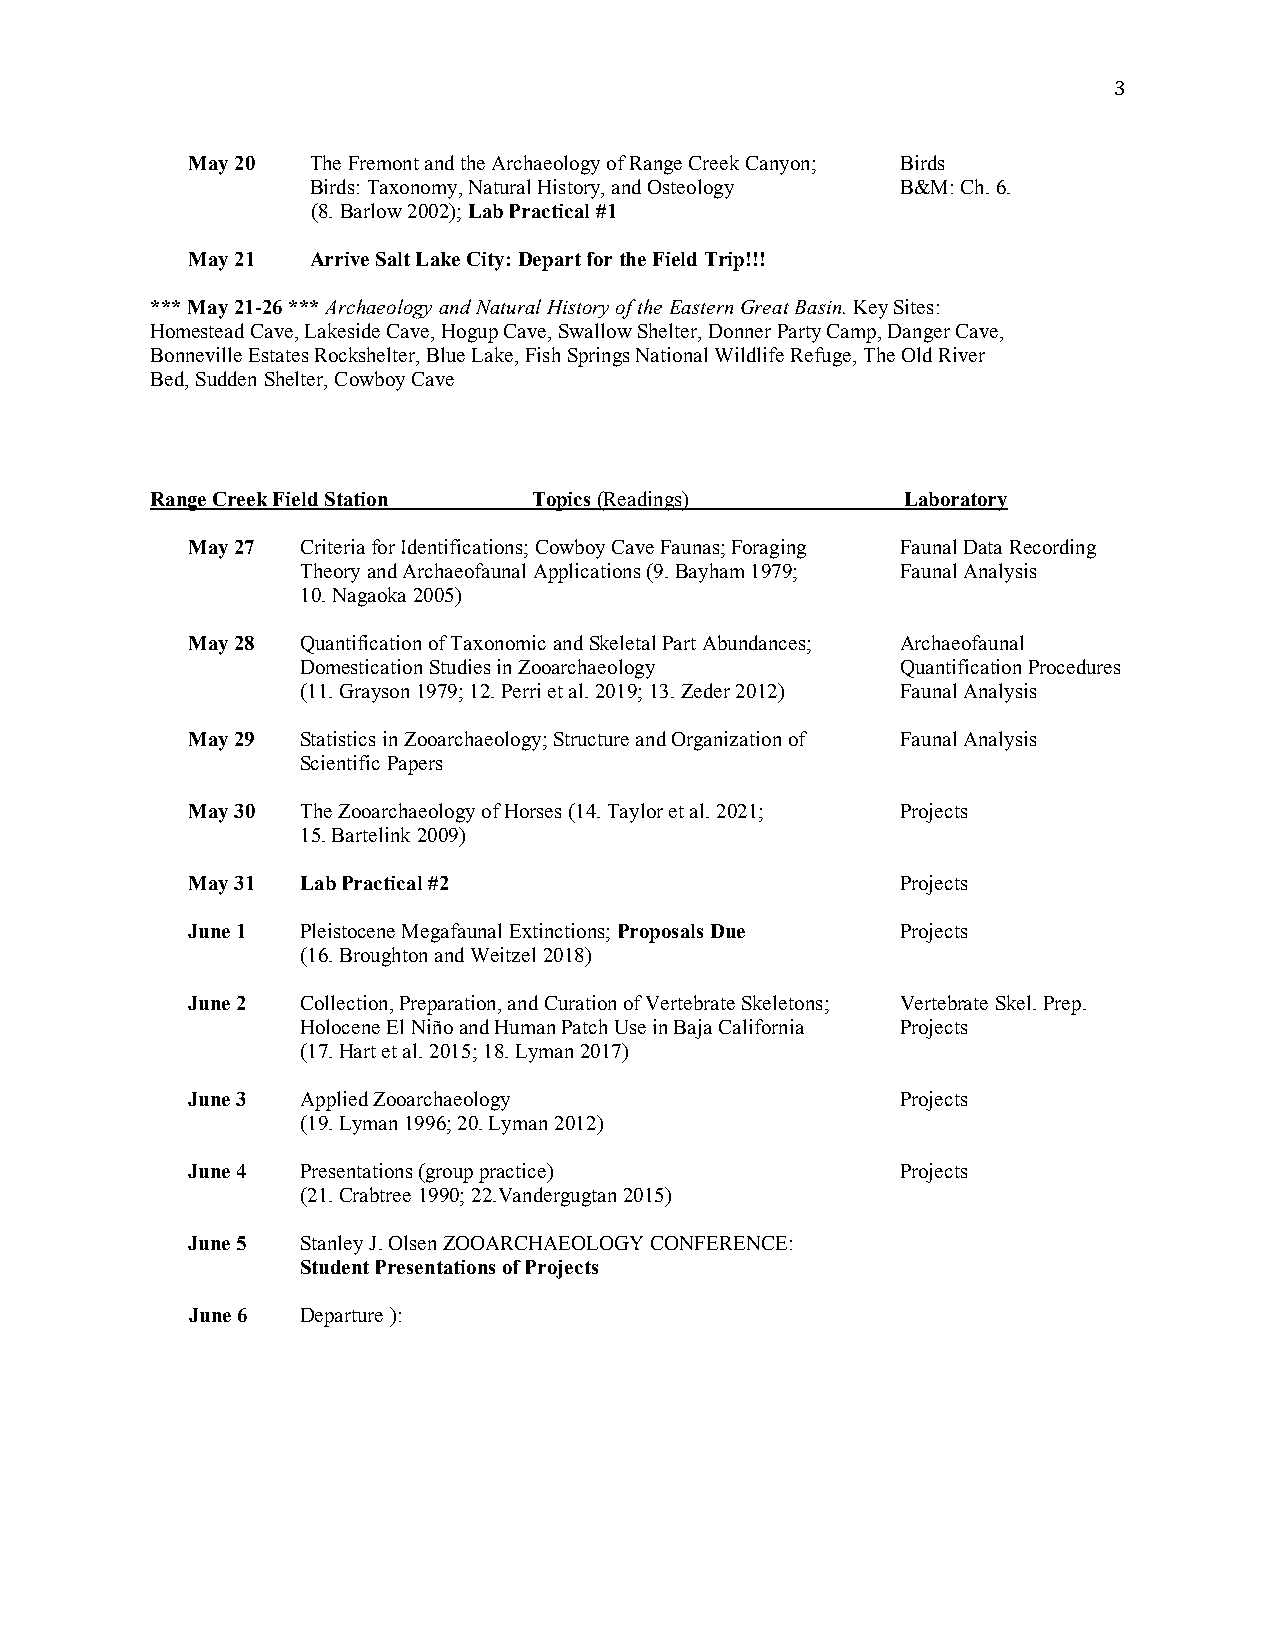
3
 May 20  The Fremont and the Archaeology of Range Creek Canyon; Birds
 Birds: Taxonomy, Natural History, and Osteology B&M: Ch. 6.
 (8. Barlow 2002); Lab Practical #1
 May 21  Arrive Salt Lake City: Depart for the Field Trip!!!
 *** May 21-26 *** Archaeology and Natural History of the Eastern Great Basin. Key Sites:
 Homestead Cave, Lakeside Cave, Hogup Cave, Swallow Shelter, Donner Party Camp, Danger Cave,
 Bonneville Estates Rockshelter, Blue Lake, Fish Springs National Wildlife Refuge, The Old River
 Bed, Sudden Shelter, Cowboy Cave
 Range Creek Field Station Topics (Readings)       Laboratory
 May 27  Criteria for Identifications; Cowboy Cave Faunas; Foraging Faunal Data Recording
 Theory and Archaeofaunal Applications (9. Bayham 1979; Faunal Analysis
 10. Nagaoka 2005)
 May 28  Quantification of Taxonomic and Skeletal Part Abundances; Archaeofaunal
 Domestication Studies in Zooarchaeology Quantification Procedures
 (11. Grayson 1979; 12. Perri et al. 2019; 13. Zeder 2012) Faunal Analysis
 May 29  Statistics in Zooarchaeology; Structure and Organization of Faunal Analysis
 Scientific Papers
 May 30  The Zooarchaeology of Horses (14. Taylor et al. 2021; Projects
 15. Bartelink 2009)
 May 31  Lab Practical #2                        Projects
 June 1  Pleistocene Megafaunal Extinctions; Proposals Due Projects
 (16. Broughton and Weitzel 2018)
 June 2  Collection, Preparation, and Curation of Vertebrate Skeletons; Vertebrate Skel. Prep.
 Holocene El Niño and Human Patch Use in Baja California Projects
 (17. Hart et al. 2015; 18. Lyman 2017)
 June 3  Applied Zooarchaeology                  Projects
 (19. Lyman 1996; 20. Lyman 2012)
 June 4  Presentations (group practice)          Projects
 (21. Crabtree 1990; 22.Vandergugtan 2015)
 June 5  Stanley J. Olsen ZOOARCHAEOLOGY CONFERENCE:
 Student Presentations of Projects
 June 6  Departure ):